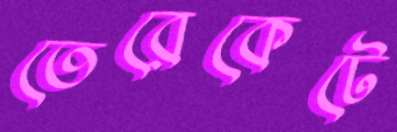
তেরেকেটে